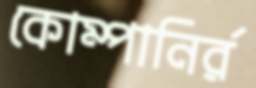
কোম্পানির্র